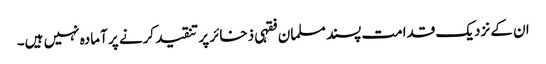
ان کے نزدیک قدامت پسند مسلمان فقہی ذخائر پر تنقید کرنے پر آمادہ نہیں ہیں۔